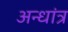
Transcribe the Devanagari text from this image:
अन्धांत्र